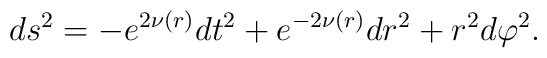
ds^2 = - e^{2\nu(r)} dt^2 + e^{-2\nu(r)}dr^2 + r^2 d\varphi^2.